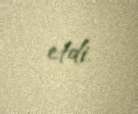
etdi.